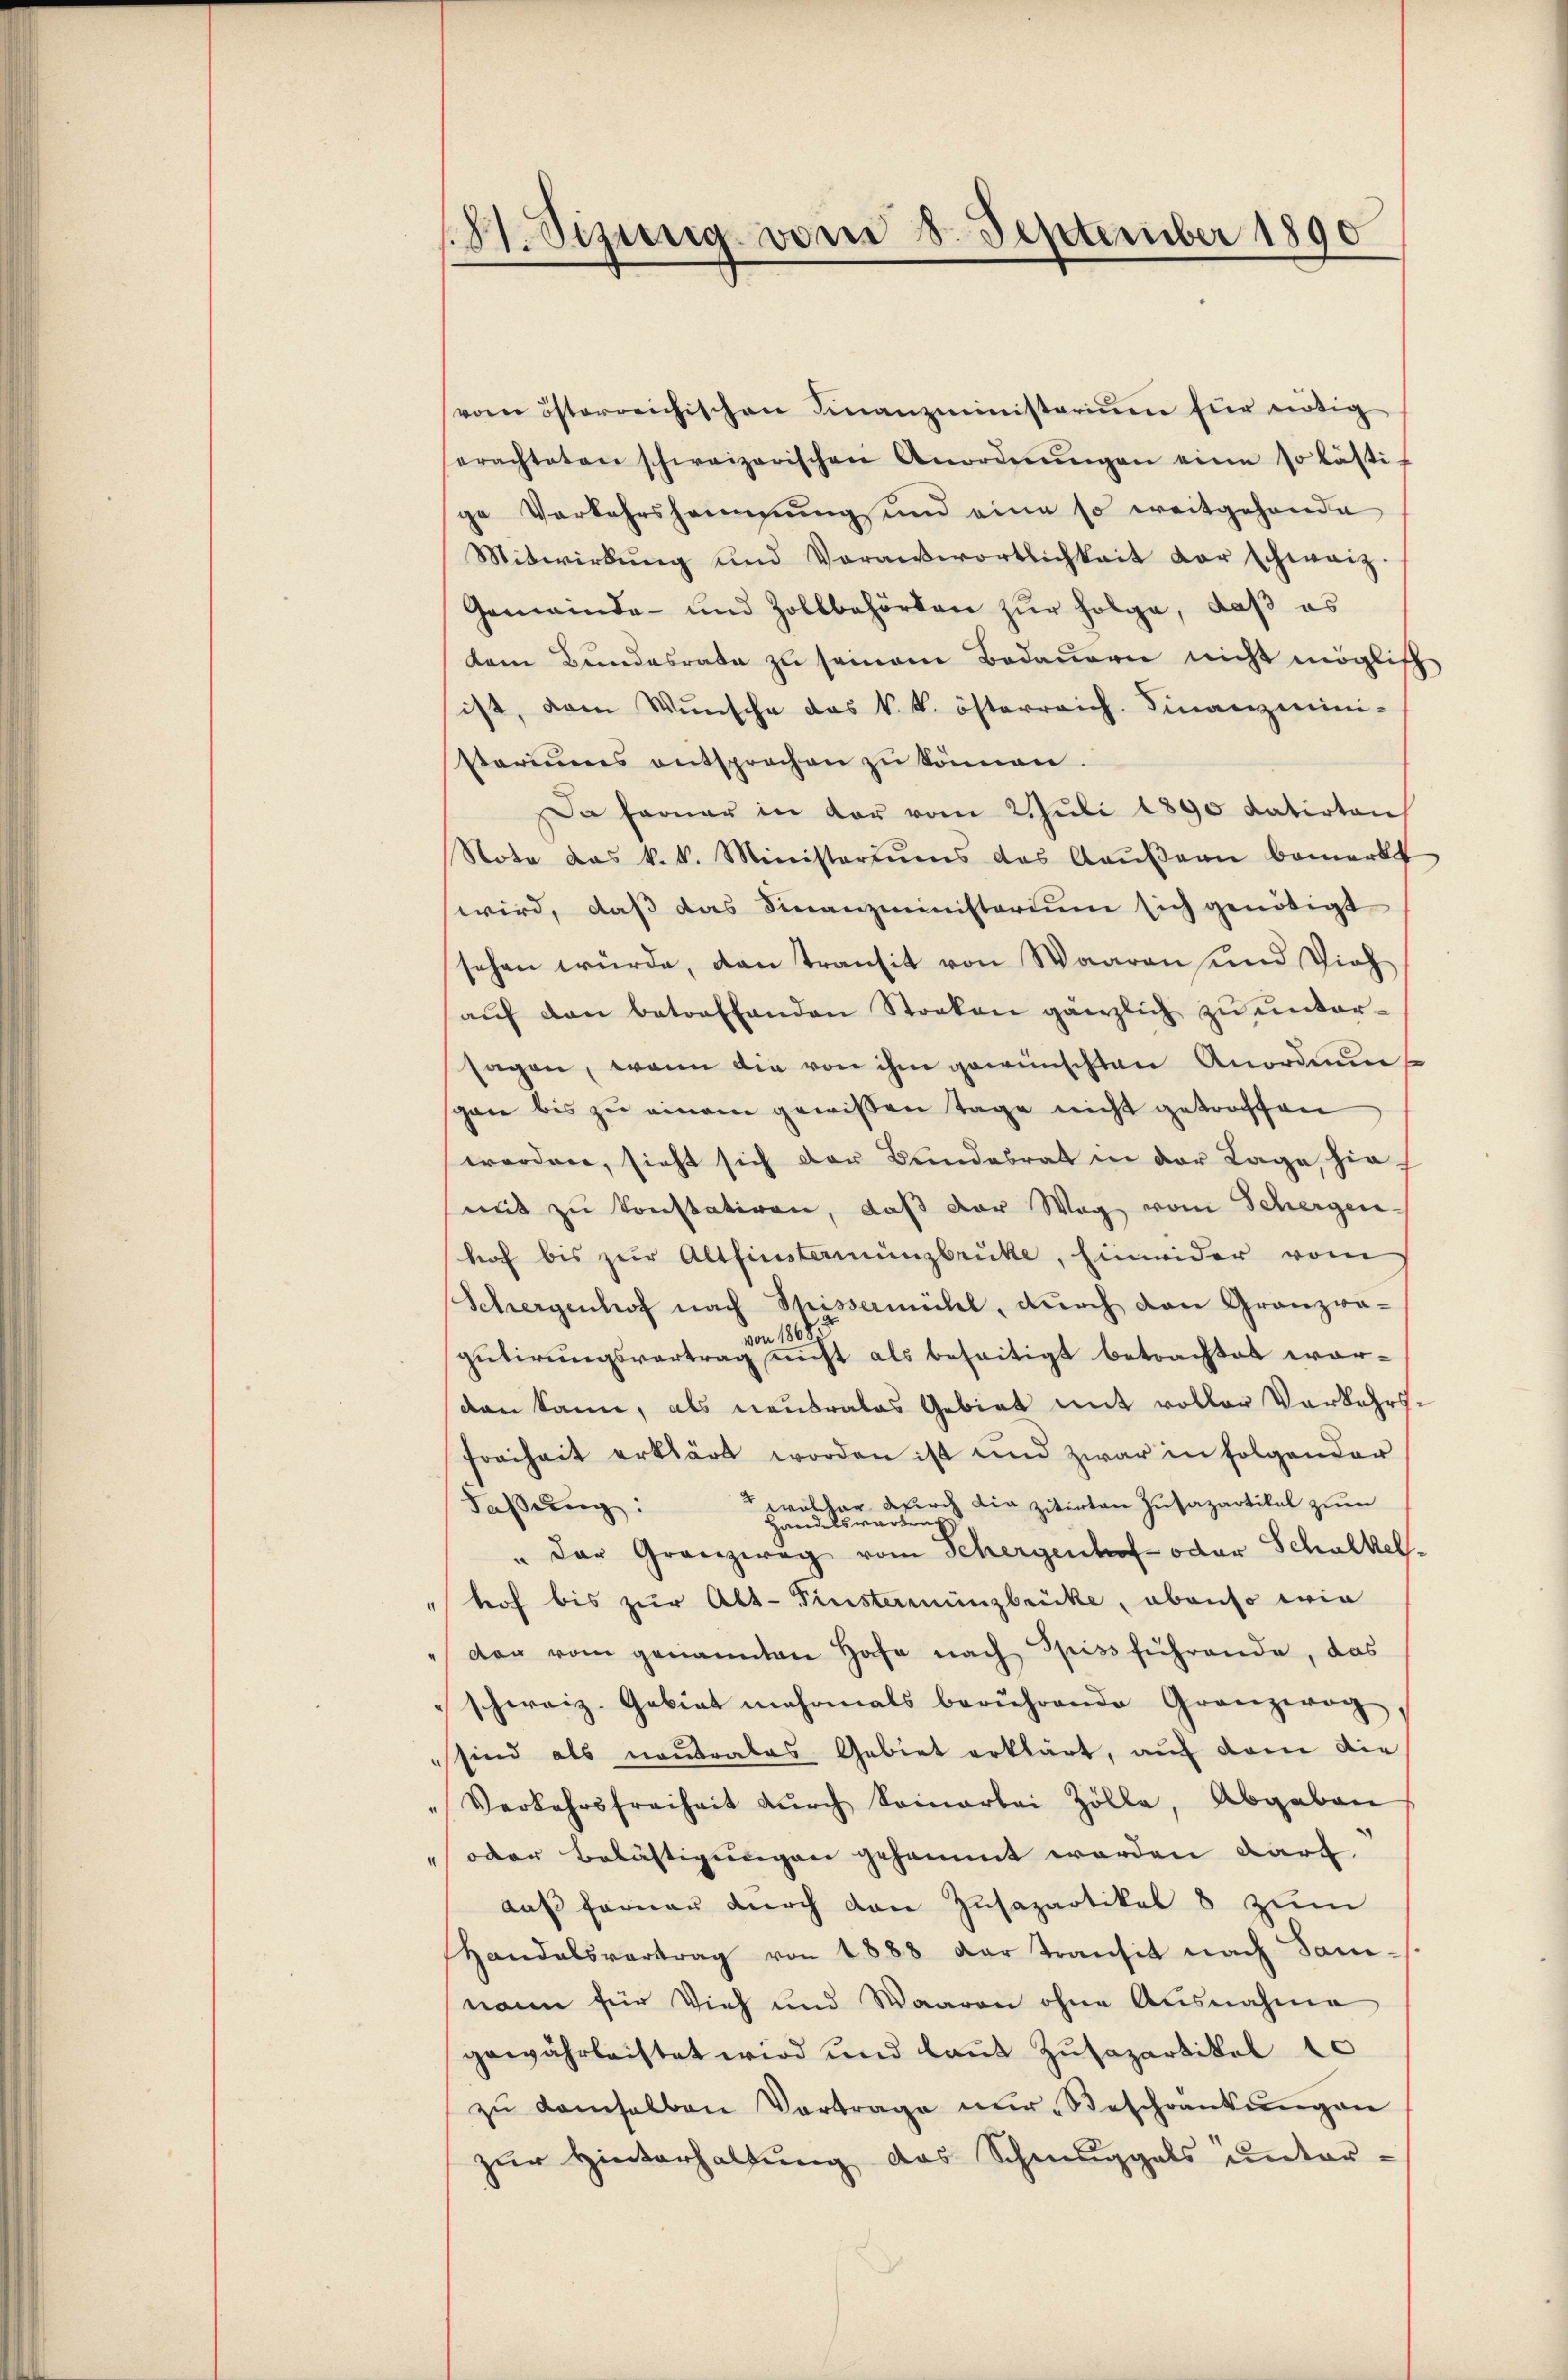
vom österreichischen Finanzministerium für nötig
erachteten schweizerischen Anordnŭngen eine so lästi-
ge Verkehrshemmung und eine so weitgehende
Mitwirkŭng und Voranwortlichkeit der schweiz.
Gemeinde- und Zollbehörten zur Folge, daß es
dem Bundesrate zu seinem Bedauern nicht möglich
ist, den Wŭnsche das k. k. österreich. Finanzmini-
stariums entsprochen zŭ können.
Da ferner in der vom 2. Juli 1890 datirten,
Note das k. k. Ministeriums des Raŭβern bemerkt
wird, daß das Finanzministerium sich genötigt
sehen würde, dan transit von Waaren und Vieh
aŭf den betreffenden Streken gänzlich zŭ ŭnter-
sagen, wenn die von ihm gewünschten Anordnun
gan bis zu einem gewissen Tage nicht getroffen
worden, sieht sich der Bundesrat in der Lage, hie-
mit zu konstatiren, daß der Weg vom Schergen-
hof bis zur Altsinstermingbrücke, Einwider vom
Schergenhof nach Spissermühl, durch den Gränz(...)
gutirungsvertrag nicht als beseitigt betrachtet wordan kann, als neutrales Gebiet mit voller Vorkehrs
freiheit erklärt worden ist und zwar in folgender
Fassung:
walcher durch die zitirten Zusapartikel zum
" der Gränz(...) vom Schergenhof oder Schulkel-
"hof bis zur Alt-Finsterminzbrücke, abenso wie
der vom genannten Hafe nach Spissführende, das
schweiz. Gebiet mehrmals berührende Gränz(...),
sind als neutrales Gebiet erklärt, auf dem die
"Verkehrsfreiheit dŭrch Somarbei Zölle, Abgaben
(oder Belästigungen gesammt worden darf.
daß ferner durch den Zusapartikel 8 zum
Handelsvertrag von 1888 der transit nach Saninann für Vieh und Waaren ohne Ausnahme
gewährleistet wird und laut Zusapartikel 10
zŭ demselben Vortrage nŭr Beschränkungen
zŭr Hinterhaltŭng des Schmuggals unter-

8t. Sizung vom 8. September 1890